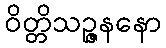
ဝိတ္တိသဉ္ဇနနော